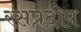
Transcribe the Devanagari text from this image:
रसप्रदीप